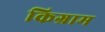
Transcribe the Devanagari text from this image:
किग्राम